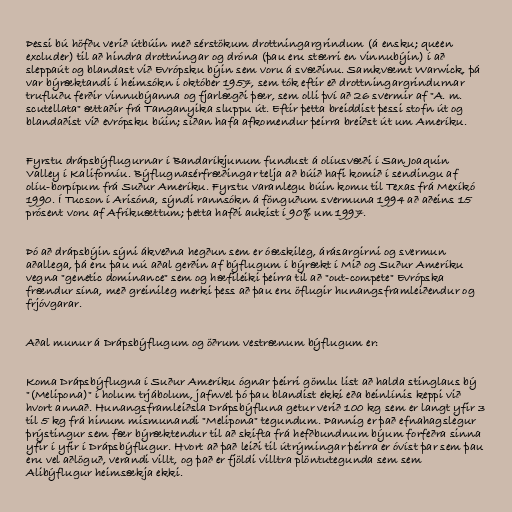
Þessi bú höfðu verið útbúin með sérstökum drottningargrindum (á ensku; queen
excluder) til að hindra drottningar og dróna (þau eru stærri en vinnubýin) í að
sleppaút og blandast við Evrópsku býin sem voru á svæðinu. Samkvæmt Warwick, þá
var býræktandi í heimsókn í október 1957, sem tók eftir eð drottningargrindurnar
trufluðu ferðir vinnubýanna og fjarlægði þær, sem olli því að 26 svermir af "A. m.
scutellata" ættaðir frá Tanganyika sluppu út. Eftir þetta breiddist þessi stofn út og
blandaðist við evrópsku búin; síðan hafa afkomendur þeirra breiðst út um Ameríku.

Fyrstu drápsbýflugurnar í Bandaríkjunum fundust á olíusvæði í San Joaquin
Valley í Kaliforníu. Býflugnasérfræðingar telja að búið hafi komið í sendingu af
olíu-borpípum frá Suður Ameríku. Fyrstu varanlegu búin komu til Texas frá Mexíkó
1990. Í Tucson í Arisóna, sýndi rannsókn á fönguðum svermuna 1994 að aðeins 15
prósent voru af Afríkuættum; þetta hafði aukist í 90% um 1997.

Þó að drápsbýin sýni ákveðna hegðun sem er óæskileg, árásargirni og svermun
aðallega, þá eru þau nú aðal gerðin af býflugum í býrækt í Mið og Suður Ameríku
vegna "genetic dominance" sem og hæfileiki þeirra til að "out-compete" Evrópska
frændur sína, með greinileg merki þess að þau eru öflugir hunangsframleiðendur og
frjóvgarar.

Aðal munur á Drápsbýflugum og öðrum vestrænum býflugum er:

Koma Drápsbýflugna í Suður Ameríku ógnar þeirri gömlu list að halda stinglaus bý
"(Melipona)" í holum trjábolum, jafnvel þó þau blandist ekki eða beinlínis keppi við
hvort annað. Hunangsframleiðsla Drápsbýfluna getur verið 100 kg sem er langt yfir 3
til 5 kg frá hinum mismunandi "Melipona" tegundum. Þannig er það efnahagslegur
þrýstingur sem fær býræktendur til að skifta frá hefðbundnum býum forfeðra sinna
yfir í yfir í Drápsbýflugur. Hvort að það leiði til útrýmingar þeirra er óvíst þar sem þau
eru vel aðlöguð, verandi villt, og það er fjöldi villtra plöntutegunda sem sem
Alibýflugur heimsækja ekki.